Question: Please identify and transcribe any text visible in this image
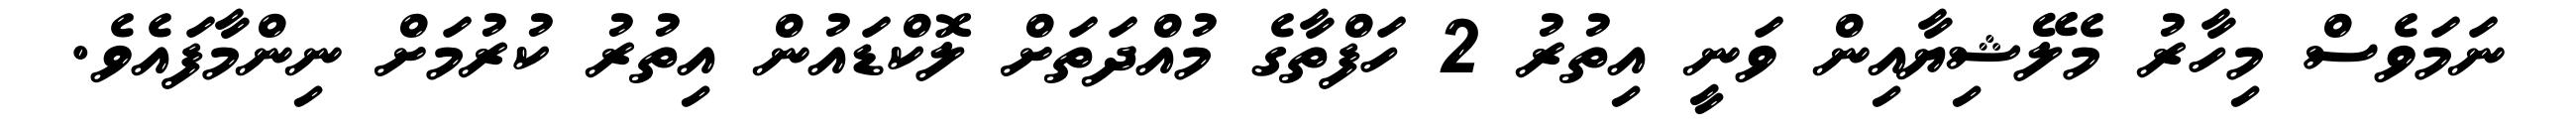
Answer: ނަމަވެސް މިހާރު މެލޭޝިޔާއިން ވަނީ އިތުރު 2 ހަފްތާގެ މުއްދަތަށް ލޮކްޑައުން އިތުރު ކުރުމަށް ނިންމާފައެވެ.